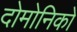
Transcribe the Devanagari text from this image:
दोमोनिको